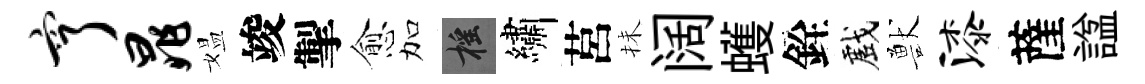
亨晁媪竣掣愈加摇繡莒抺阔蠖銓戲獸漆薩諡